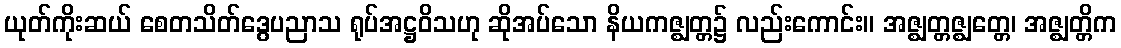
ယုတ်ကိုးဆယ် စေတသိတ်ဒွေပညာသ ရုပ်အဋ္ဌဝိသဟု ဆိုအပ်သော နိယကဇ္ဈတ္တ၌ လည်းကောင်း။ အဇ္ဈတ္တဇ္ဈတ္တေ၊ အဇ္ဈတ္တိက